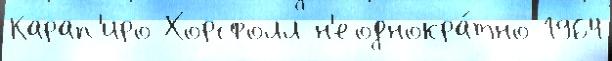
Карап'иро Хорсфолл н'еоднокра́тно 1964